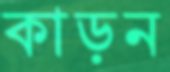
কাড়ন